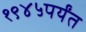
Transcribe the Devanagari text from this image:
१९४५पर्यंत